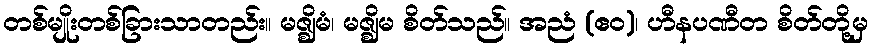
တစ်မျိုးတစ်ခြားသာတည်း။ မဇ္ဈိမံ၊ မဇ္ဈိမ စိတ်သည်။ အညံ (ဧဝ)၊ ဟီနပဏီတ စိတ်တို့မှ